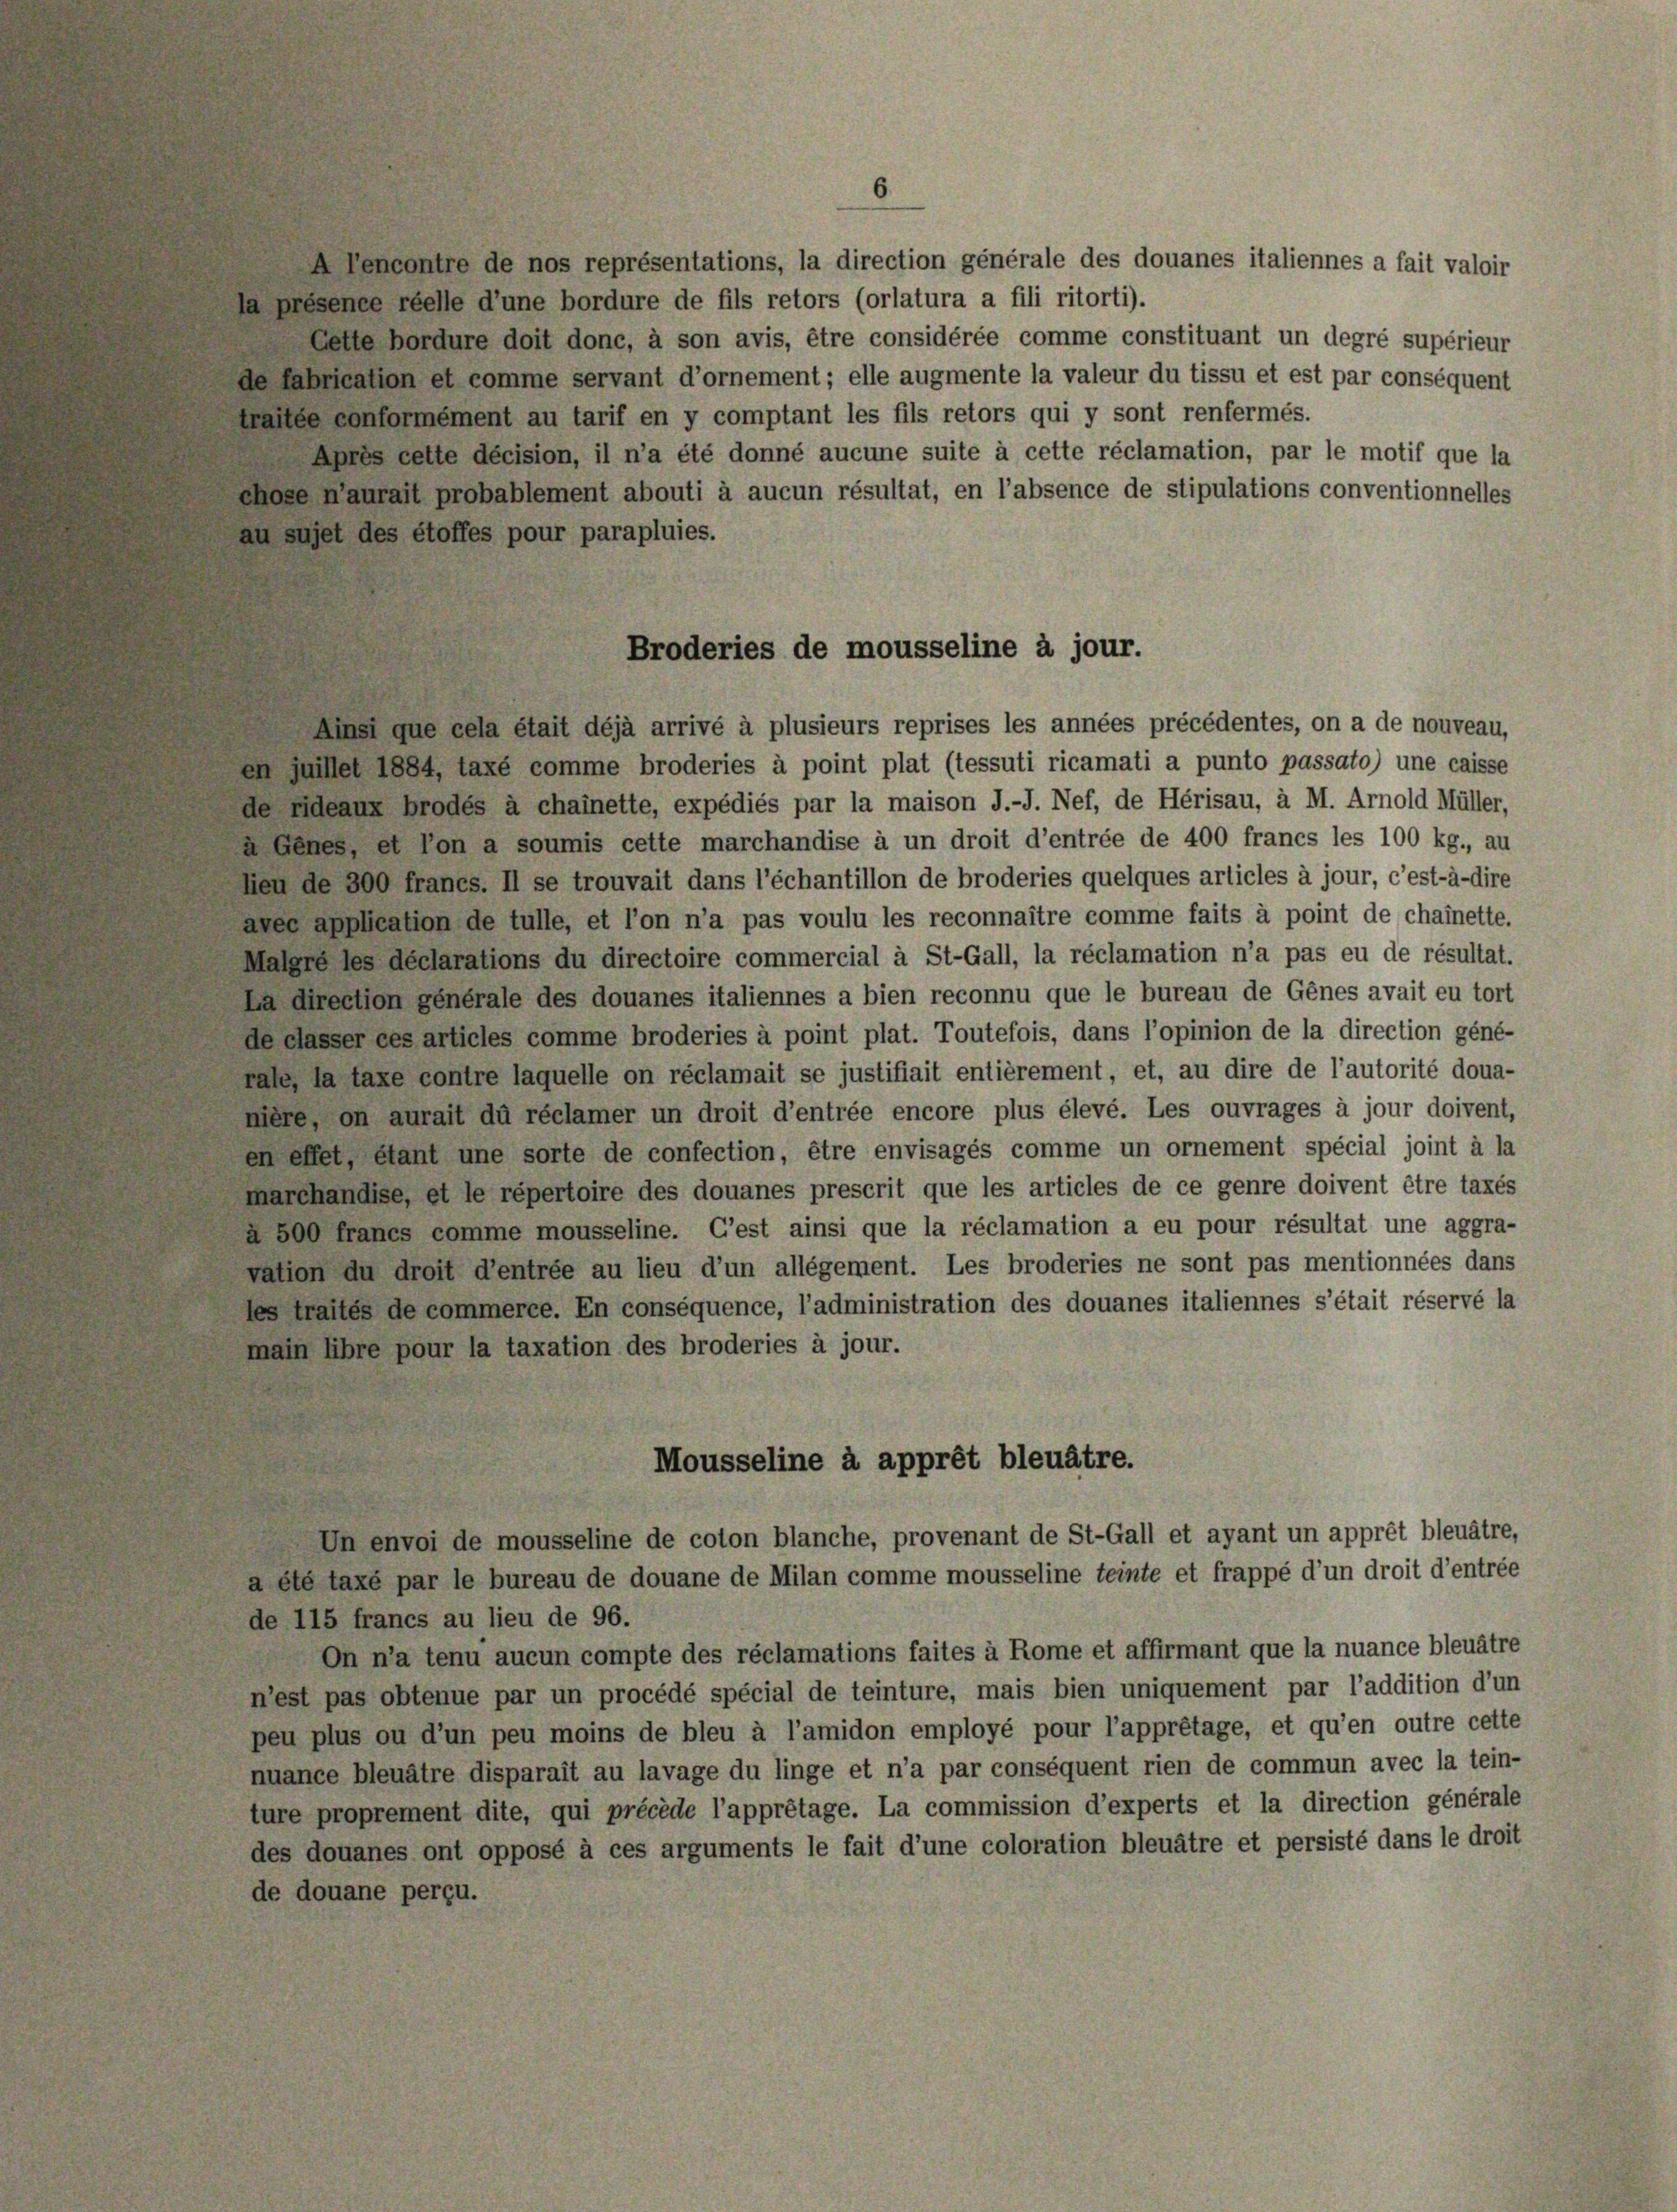
Aencontre de nos représentations, la direction générale des douanes italiennes a fait valoir
présence réelle d’une bordure de fils retors (orlatura a fili ritorti).
Cette bordure doit donc, à son avis, être considérée comme constituant un degré supérieur
fabrication et comme servant d’ornement; elle augmente la valeur du tissu et est par conséquent
lée conformément au tarif en y comptant les fils retors qui y sont renfermés.
Abtes cette décision, il n’a été donné aucune suite à cette réclamation, par le motif que la
ee Kaurait probablement abouti à aucun résultat, en l’absence de stipulations conventionnelles
sujet des étoffes pour parapluies.

Broderies de mousseline à jour.

Ainsi que cela était déjà arrivé à plusieurs reprises les années précédentes, on a de nouveau,
en Juillet 1884, taxé comme broderies à point plat (tessuti ricamati a punto passato) une caisse
de Eideaux brodés à chainette, expédiés par la maison J.-J. Nef, de Hérisau, à M. Arnold Müller,
a Genes, et von a soumis cette marchandise à un droit d’entrée de 400 francs les 100 kg., au
hen de 300 franes. Il se trouvait dans l’échantillon de broderies quelques articles à jour, c’est-à-dire
aves application de fülle, et l’on n’a pas voulu les reconnaître comme faits à point de chainette.
Malere les déclarations du directoire commercial à St-Gall, la réclamation n’a pas eu de résultat.
La direction générale des douanes italiennes a bien reconnu que le bureau de Genes avait eu tort
de dasser ces articles comme broderies à point plat. Toutefois, dans l’opinion de la direction géné-
pale, la taxe contre laquelle on réclamait se justifiait entièrement, et, au dire de l’autorité doua-
mière, on aurait du réclamer un droit d’entrée encore plus élevé. Les ouvrages à jour doivent,
en effet, étant une sorte de confection, être envisagés comme un ornement spécial joint à la
marchandise, et le répertoire des douanes prescrit que les articles de ce genre doivent être taxes
a 500 franes comme mousseline. C’est ainsi que la réclamation a eu pour résultat une aggra-
vation du droit d’entrée au lieu d’un allégement. Les broderies ne sont pas mentionnées dans
les traités de commerce. En conséquence, l’administration des douanes italiennes s’était réservé la
main libre pour la taxation des broderies à jour.
Mousseline à apprêt bleuätre.
Un envoi de mousseline de coton blanche, provenant de St.Gall et ayant un apprêt bleuätre,
a été taxe par le bureau de douane de Milan comme mousseline teinte et frappé d’un droit d’entrée
de 115 francs au lieu de 96.
On n’a tenu aucun compte des réclamations faites à Rome et affirmant que la nuance bleuätre
n’est pas obtenue par un procédé spécial de teinture, mais bien uniquement par l’addition d’un
peu plus ou d’un peu moins de bleu à l’amidon employé pour l’apprétage, et qu’en outre cette
nuance bleuätre disparait au lavage du linge et n’a par conséquent rien de commun avec la tein-
ture proprement dite, qui précède l’apprétage. La commission d’experts et la direction générale
des douanes ont opposé à ces arguments le fait d’une coloration bleuätre et persisté dans le droit
de douane perçu.